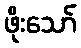
ဖိုးသော်